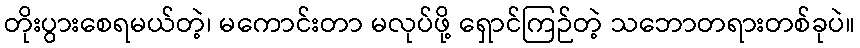
တိုးပွားစေရမယ်တဲ့၊ မကောင်းတာ မလုပ်ဖို့ ရှောင်ကြဉ်တဲ့ သဘောတရားတစ်ခုပဲ။